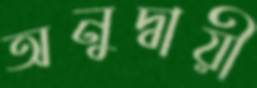
অনুদ্বায়ী